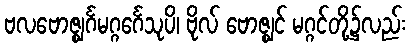
ဗလဗောဇ္ဈင်္ဂမဂ္ဂင်္ဂေသုပိ၊ ဗိုလ် ဗောဇ္ဈင် မဂ္ဂင်တို့၌လည်း